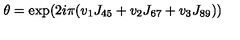
\theta = \exp ( 2 i \pi ( v _ { 1 } J _ { 4 5 } + v _ { 2 } J _ { 6 7 } + v _ { 3 } J _ { 8 9 } ) )